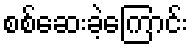
စစ်ဆေးခဲ့ကြောင်း